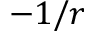
- 1 / r